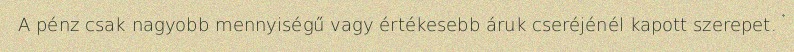
A pénz csak nagyobb mennyiségű vagy értékesebb áruk cseréjénél kapott szerepet.